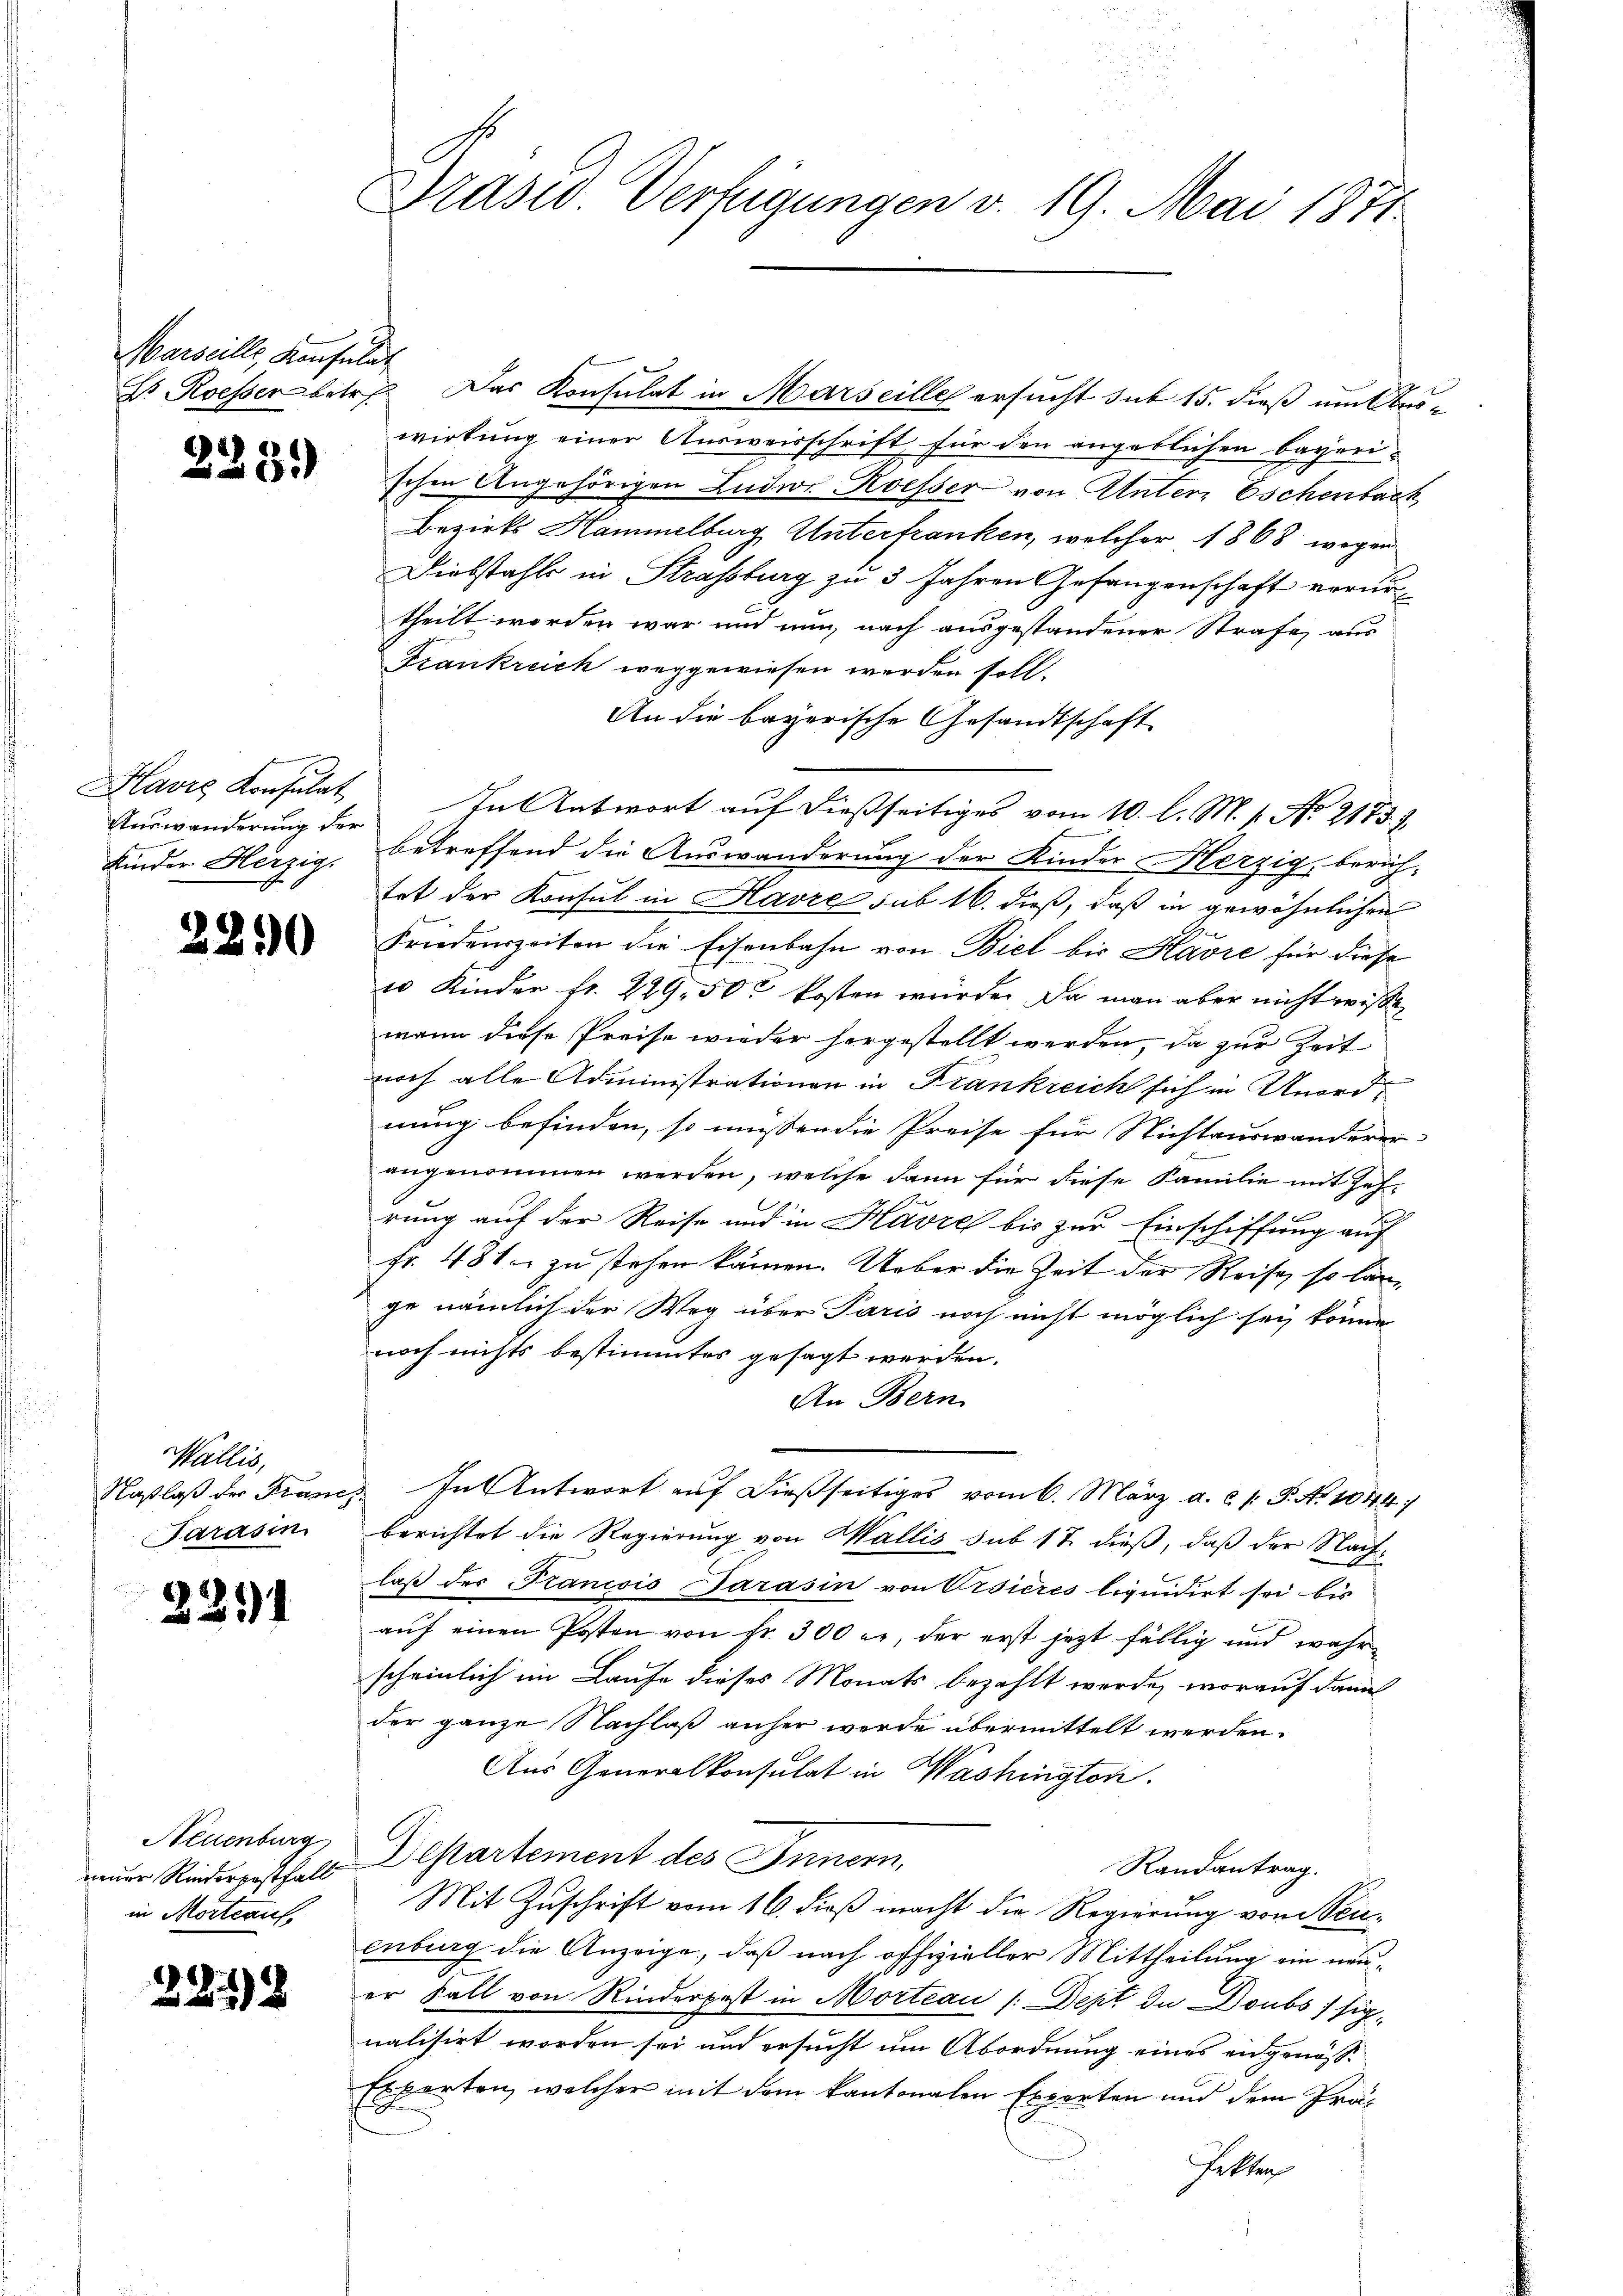
Marseille, Konsulat

d

)
1

Havre Konsulat
Auswanderung der
Kinder Herzig.

2250

Wallis,
Naßlaß der Franc
Sarasin

15

d

Neuenburg
neuer Riederposthalt
in Mortraul

2218

Präsid. Vertigungen v. 19. Mai 1871

Dr. Roesser betr. Das Konsulat in Marseille ersucht sub 15. dieß um Auswirkung einer Ausweisschrift für den angeblichen Bayerischen Angehörigen Ludwi Koesser von Unter Eschenbach
Bezirks Hammelburg Unterfranken, welcher 1868 wegen
Diebstahls in Strassburg zu 3 Jahren Gefangenschaft verurtheilt worden war und nun, nach ausgestandener Strafe, aus
Frankreich weggewiesen werden soll.
An die bayerische Gesandtschaft
In Antwort auf dießseitiges vom 10. l. M. s. No 21733
betreffend die Auswanderung der Kinder Herzig, berich-
tet der Konsul in Havre sub 16. dieß, daß in gewöhnlichen
Friedenszeiten die Eisenbahn von Biel bis Havre für diese
u Kinder fr. 229. 50c kosten würde. Da man aber nicht wisse
wann diese Preise wieder hergestellt werden, da zur Zeit
noch alle Administrationen in Frankreich sich in Anordnung befinden, so müssen die Preise für Nichtauswanderer
angenommen werden, welche dann für diese Familie mit Zeh¬
9 x
rung auf der Reise und in Havre bis zur Einschiffung auf
fr. 481 zu stehen kämen. Ueber die Zeit der Reise, so lange nämlich der Weg über Paris noch nicht möglich sey könne
noch nichts bestimmtes gesagt werden.
An Bern
. In Antwort auf dießseitiges vom 6. März a. c. l. P. Nr. 1044
berichtet die Regierung von Wallis sub 17 dieß, daß der Nachlaß der Francois Tarasin von Visieres liquidirt sei bis
auf einen Posten von fr. 300 er, der erst jetzt fällig und wahrscheinlich im Laufe dieses Monats bezahlt werde, worauf dann
der ganze Nachlaß anher werde übermittelt werden.
Aus Generalkonsulat in Washingten.
Departement des Innern,
Randantrag.
Mit Zuschrift vom 16. dieß macht die Regierung von Seuenburg die Anzeige, daß nach offizieller Mittheilung ein neuer Fall von Rinderpost in Morteau /:Dept de Doubs / sig-
nalisirt worden sei und ersucht um Abordnung eines eidgenös¬
Experten, welcher mit dem kantonalen Experten und dem Prä-
fetten